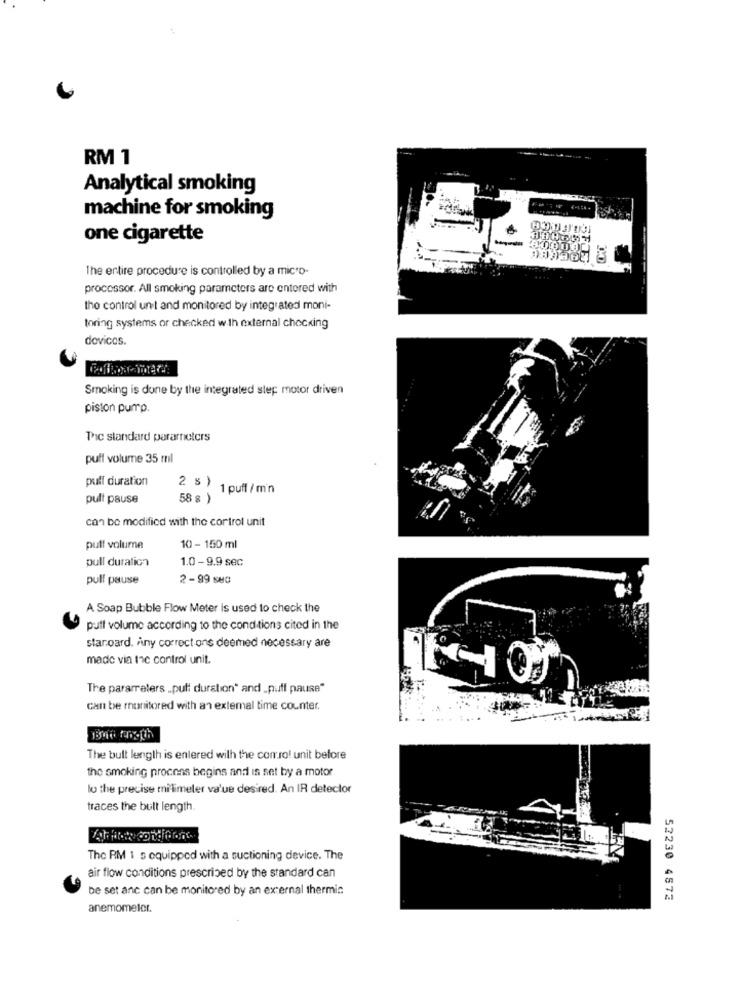
RM 1
Analytical smoking
machine for smoking
one cigarette
The entire procedure is controlled by a micro-
processor. All smoking parameters are entered with
tho control unit and monitored by integrated moni-
toring systems or checked with external chocking
dovicos.
Smoking is done by the integrated step motor driven
piston pump.
The standard parameters
puff volume 35 ml
puff duration
2 s )
1 puff / min
pull pause
58 s )
can be modified with the control unit
pull volume
10 - 150 ml
pull duration
1.0 - 9.9 sec
pull pause
2 -99 SMC
A Soap Bubble Flow Meter is used to check the
puff volume according to the conditions cited in the
staroard, Any correct ons deemed necessary are
made via tac control unit.
The parameters „.pull duration" and „puff pause"
can be monitored with an external time counter.
The bult length is entered with the conro! unit before
the smoking procons begins and is set by a motor
lo the precise milimeler va'ue desired. An IR detector
traces the bull length.
The RM 1 s oquipped with a suctioning device. The
air flow conditions prescribed by the standard can
be set anc can be monitored by an external thermic
52230 4572
anemometer.